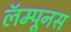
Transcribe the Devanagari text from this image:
लॅम्पूनस